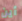
أين